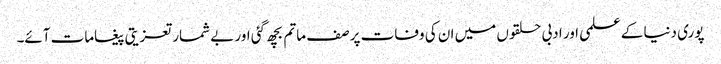
پوری دنیا کے علمی اور ادبی حلقوں میں ان کی وفات پر صف ماتم بچھ گئی اور بے شمار تعزیتی پیغامات آئے۔